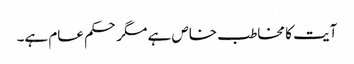
آیت کا مخاطب خاص ہے مگر حکم عام ہے۔